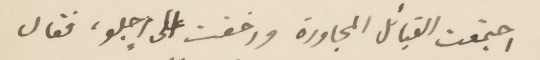
اجتمعت القبائل المجاورة وزخفت على إجلو، فقال